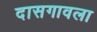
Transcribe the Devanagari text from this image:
दासगावला